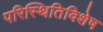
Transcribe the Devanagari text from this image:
परिस्थितिविशेष